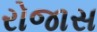
રોજાસ